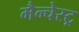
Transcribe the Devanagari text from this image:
मैन्चेस्ट्र